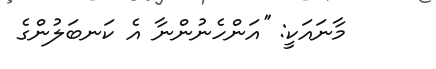
މާނައަކީ: ''އަންހެނުންނާ އެ ކަނބަލުންގެ